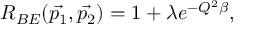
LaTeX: R _ { B E } ( \vec { p _ { 1 } } , \vec { p _ { 2 } } ) = 1 + \lambda e ^ { - Q ^ { 2 } \beta } ,